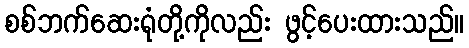
စစ်ဘက်ဆေးရုံတို့ကိုလည်း ဖွင့်ပေးထားသည်။